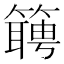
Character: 𬕴